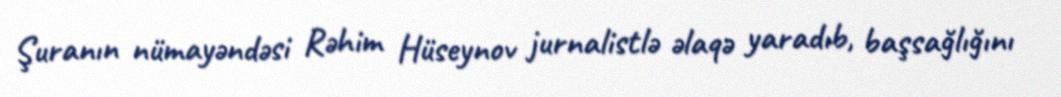
Şuranın nümayəndəsi Rəhim Hüseynov jurnalistlə əlaqə yaradıb, başsağlığını